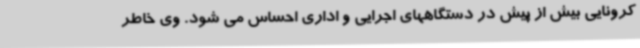
کرونایی بیش از پیش در دستگاههای اجرایی و اداری احساس می شود. وی خاطر